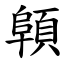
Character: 顊